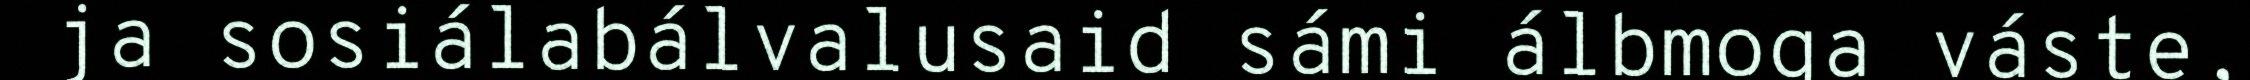
ja sosiálabálvalusaid sámi álbmoga váste,